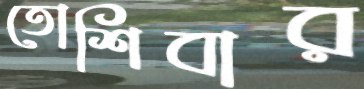
তোশিবার